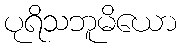
ပုရိသဘူမိယော